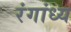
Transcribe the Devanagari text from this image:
रंगांध्य